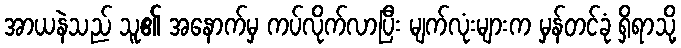
အာယနဲသည် သူ၏ အနောက်မှ ကပ်လိုက်လာပြီး မျက်လုံးများက မှန်တင်ခုံ ရှိရာသို့